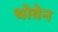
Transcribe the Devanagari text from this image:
थोवेन